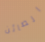
الصائن